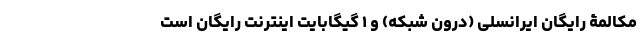
مکالمۀ رایگان ایرانسلی (درون شبکه) و ۱ گیگابایت اینترنت رایگان است